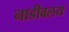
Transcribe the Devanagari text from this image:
नाडीवलय